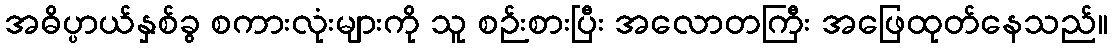
အဓိပ္ပာယ်နှစ်ခွ စကားလုံးများကို သူ စဉ်းစားပြီး အလောတကြီး အဖြေထုတ်နေသည်။